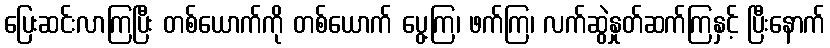
ပြေးဆင်းလာကြပြီး တစ်ယောက်ကို တစ်ယောက် ပွေ့ကြ၊ ဖက်ကြ၊ လက်ဆွဲနှုတ်ဆက်ကြနှင့် ပြီးနောက်